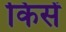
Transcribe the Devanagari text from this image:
किसें